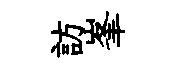
訪峯